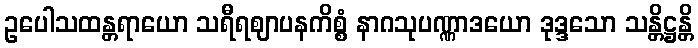
ဥပေါသထန္တရာယော သရီရဈာပနကိစ္စံ နာဂသုပဏ္ဏာဒယော ဒုဒ္ဒသော သန္တိဋ္ဌန္တိ